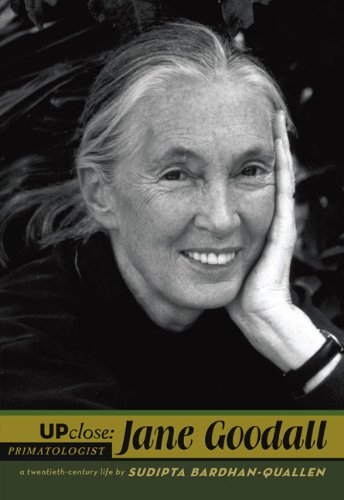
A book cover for Jane Goodall (Up Close); Sudipta Bardhan-Quallen; Teen & Young Adult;